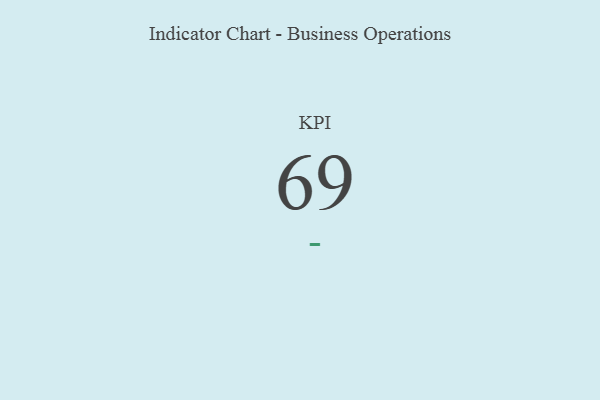
{"axis": {"x": "KPI", "y": "Value"}, "legend": [""], "data": [{"x": "KPI", "y": 69, "type": ""}]}